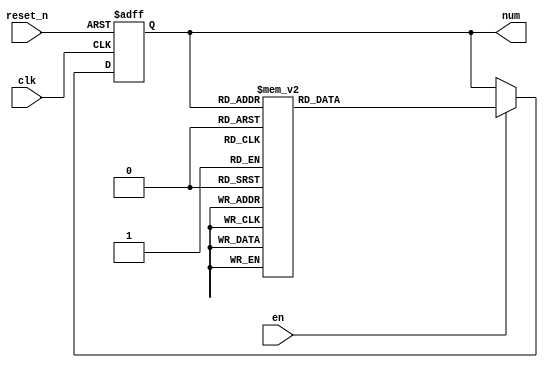

module fsm_counter
(
input clk, reset_n, en,
output [2:0]num
);

reg[2:0]state_reg, state_next;

// state definitions - using binary encoding
localparam s0 = 3'b000;
localparam s1 = 3'b001;
localparam s2 = 3'b010;
localparam s3 = 3'b011;
localparam s4 = 3'b100;
localparam s5 = 3'b101;
localparam s6 = 3'b110;
localparam s7 = 3'b111;

// state register
always @(posedge clk, negedge reset_n)
begin
	if(~reset_n)
		state_reg <= s0;
	else
		state_reg <= state_next;
end

// Next state logic
always @(*)
begin
	if(en)
		case(state_reg)
			s0: state_next = s1;
			s1: state_next = s2;
			s2: state_next = s3;
			s3: state_next = s4;
			s4: state_next = s5;
			s5: state_next = s6;
			s6: state_next = s7;
			s7: state_next = s0;
			default: state_next = state_reg;	
		endcase
	else
		state_next = state_reg;		
end

// Output logic	
assign num = state_reg;

endmodule